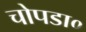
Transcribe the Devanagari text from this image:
चोपडा०